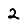
Digit: 2